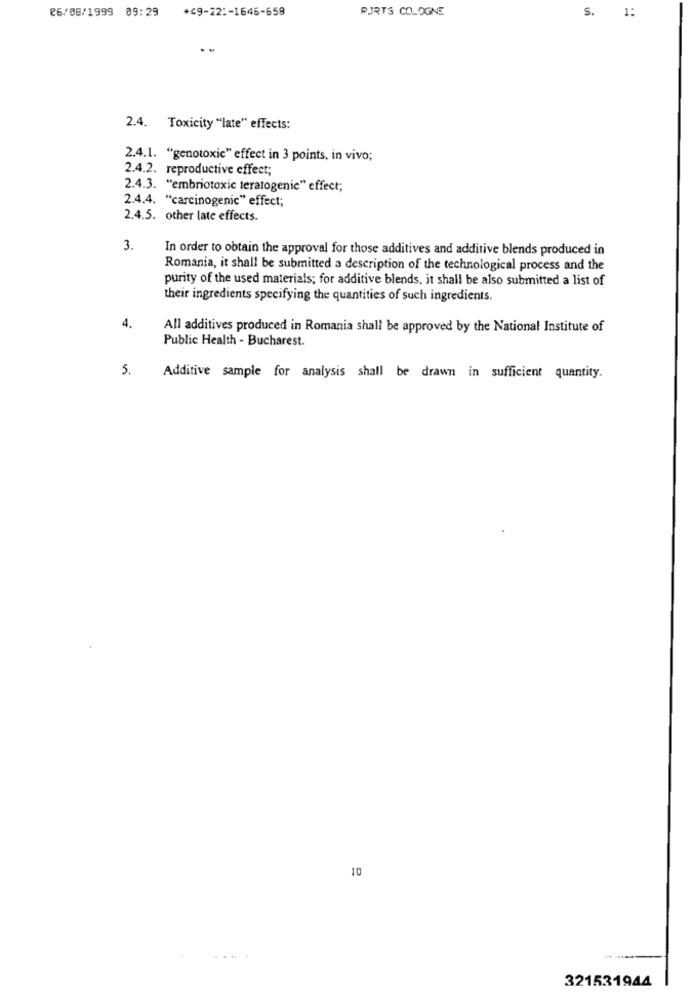
26/06/1999 09:29
+69-221-1645-659
PJRTS COLOGNE
1:
S.
2.4. Toxicity "late" effects:
2.4.1. "genotoxic" effect in 3 points, in vivo;
2.4.2. reproductive effect;
2.4.3. "embriotoxic teratogenic" effect;
2.4.4. "carcinogenic" effect;
2.4.5. other late effects.
3.
In order to obtain the approval for those additives and additive blends produced in
Romania, it shall be submitted a description of the technological process and the
purity of the used materials; for additive blends, it shall be also submitted a list of
their ingredients specifying the quantities of such ingredients.
4.
All additives produced in Romania shall be approved by the National Institute of
Public Health - Bucharest.
5.
Additive sample for analysis shall be drawn in sufficient quantity.
10
...
321531944